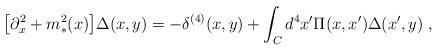
LaTeX: \begin{align*}\big[\partial_x^2 + m_*^2(x)\big] \Delta (x,y) = -\delta^{(4)}(x,y) + \int_C d^4x' \Pi(x,x')\Delta(x',y) \;,\end{align*}